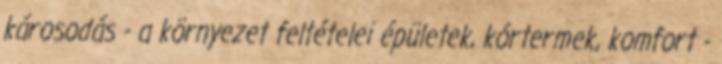
károsodás - a környezet feltételei épületek, kórtermek, komfort -